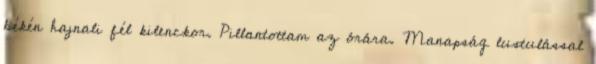
békén hajnali fél kilenckor. Pillantottam az órára. Manapság lustulással